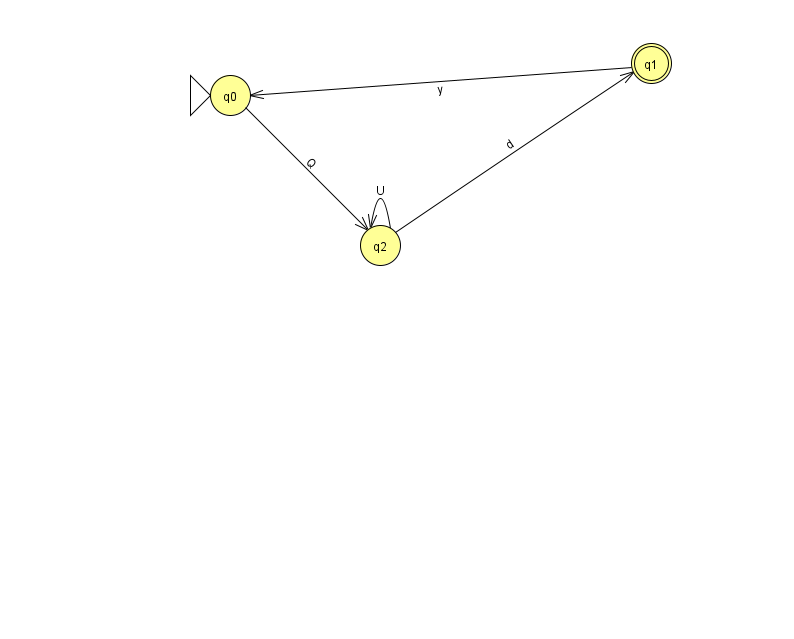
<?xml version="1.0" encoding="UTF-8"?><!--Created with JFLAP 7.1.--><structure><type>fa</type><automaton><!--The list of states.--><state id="0" name="q0"><x>230.0</x><y>82.0</y><initial/></state><state id="1" name="q1"><x>651.0</x><y>50.0</y><final/></state><state id="2" name="q2"><x>380.0</x><y>232.0</y></state><!--The list of transitions.--><transition><from>2</from><to>2</to><read>U</read></transition><transition><from>1</from><to>0</to><read>y</read></transition><transition><from>0</from><to>2</to><read>Q</read></transition><transition><from>2</from><to>1</to><read>d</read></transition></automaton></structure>